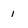
Character: 1